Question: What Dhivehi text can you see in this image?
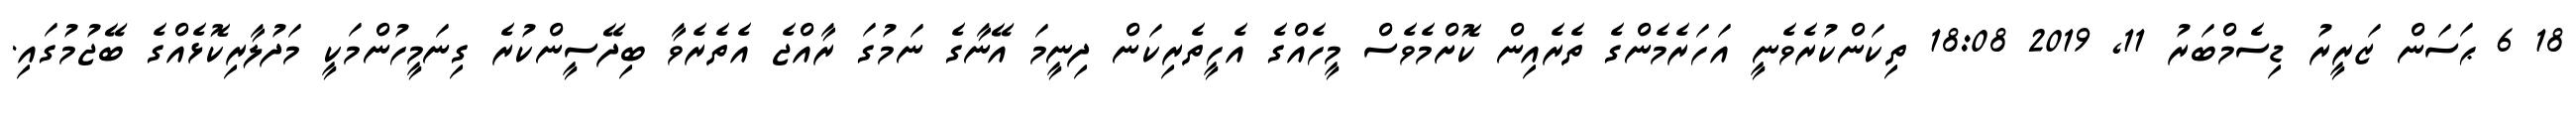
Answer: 18 6 ޙަސަން ޒަރީރު ޑިސެމްބަރު 11, 2019 18:08 ތިކަންކުރެވެނީ އަހަރެމެންގެ ތެރެއިން ކޮށްމެވެސް މީހެއްގެ އެހީތެރިކަން ދިނީމަ އޭނާގެ ނަމުގަ ރާއްޖެ އެތެރެވާ ބިދޭސީންކުރެ ގިނަމީހުންމަކީ މަދުލާރިކޮޅެއްގެ ބޭޖުމުގައި.